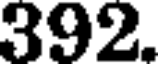
392.